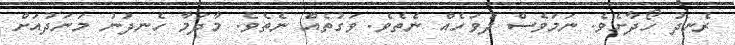
ރެނދު ހޯދާށެވެ. ނަމަވެސް ދުވަހެއް ނެތެވެ. ވަގުތެއް ނެތެވެ. މާދަމާ ހެނދުނު މަނަދުއަށް